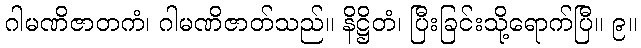
ဂါမဏိဇာတကံ၊ ဂါမဏိဇာတ်သည်။ နိဋ္ဌိတံ၊ ပြီးခြင်းသို့ရောက်ပြီ။ ၉။